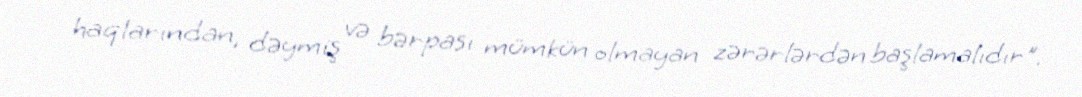
haqlarından, dəymiş və bərpası mümkün olmayan zərərlərdən başlamalıdır".